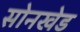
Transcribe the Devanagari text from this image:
सोनखेड